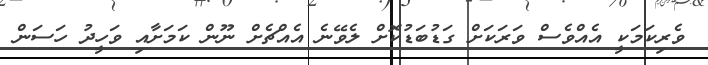
ވެރިކަމަކީ އެއްވެސް ވަރަކަށް ގަޑުބަޑުކޮށް ލެވޭނެ އެއްޗެށް ނޫން ކަމަށާއި ވަހީދު ހަސަން